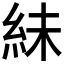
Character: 𫃟